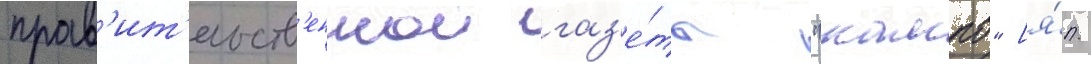
прав'ит'ельств'еннои газ'е́ты "кампо" [я́п.